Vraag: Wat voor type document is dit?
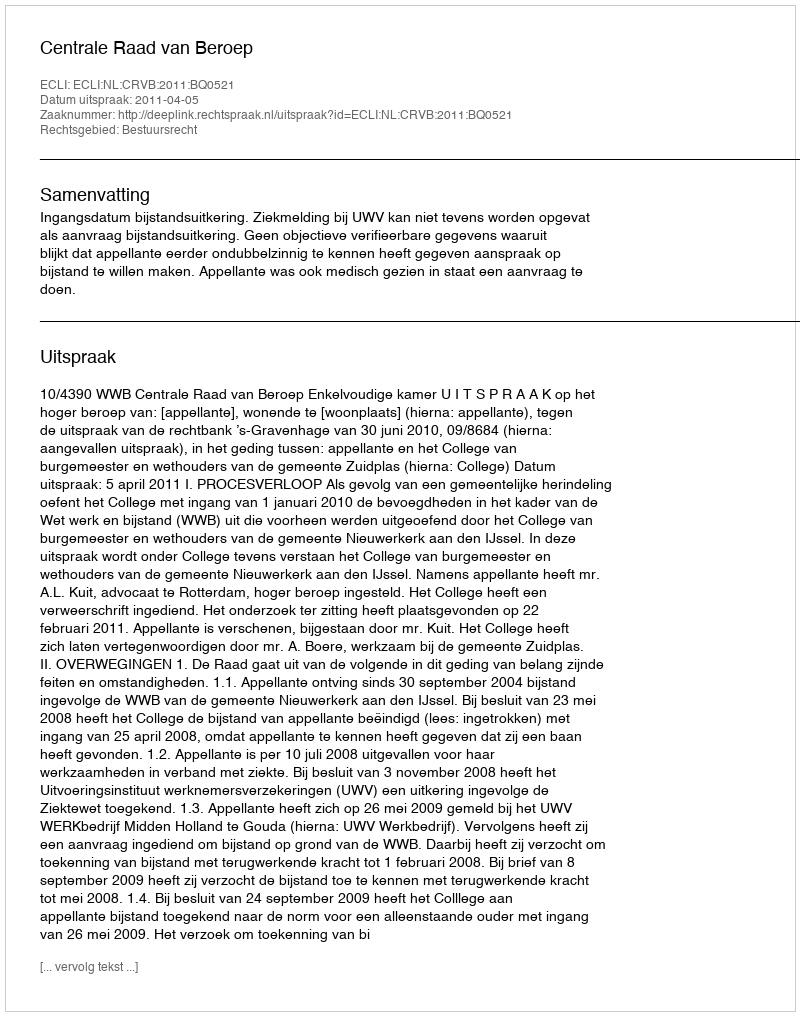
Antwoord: Uitspraak